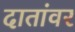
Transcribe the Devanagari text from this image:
दातांवर